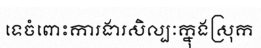
ទេចំពោះការងារសិល្បៈក្នុងស្រុក